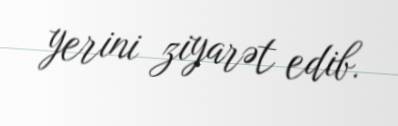
yerini ziyarət edib.